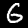
Label: 6